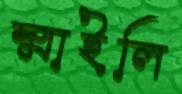
স্মাইলি